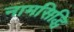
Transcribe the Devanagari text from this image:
नामसिद्धि